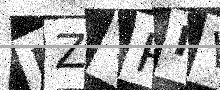
Text: UZTPIV